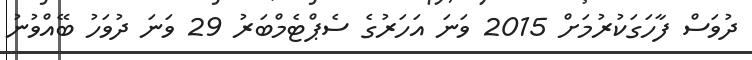
ދުވަސް ފާހަގަކުރުމަށް 2015 ވަނަ އަހަރުގެ ސެޕްޓެމްބަރު 29 ވަނަ ދުވަހު ބޭއްވުނު